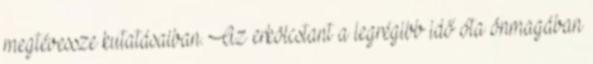
megtévessze kutatásaiban. Az erkölcstant a legrégibb idő óta önmagában